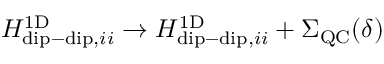
H _ { \mathrm { d i p - d i p } , i i } ^ { \mathrm { 1 D } } \rightarrow H _ { \mathrm { d i p - d i p } , i i } ^ { \mathrm { 1 D } } + \Sigma _ { \mathrm { Q C } } ( \delta )